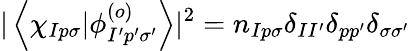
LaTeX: |\left<\chi_{Ip\sigma}|\phi_{I^{\prime}p^{\prime}\sigma^{\prime}}^{(o)}\right>|^{2}=n_{Ip\sigma}\delta_{II^{\prime}}\delta_{pp^{\prime}}\delta_{\sigma\sigma^{\prime}}